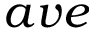
a v e